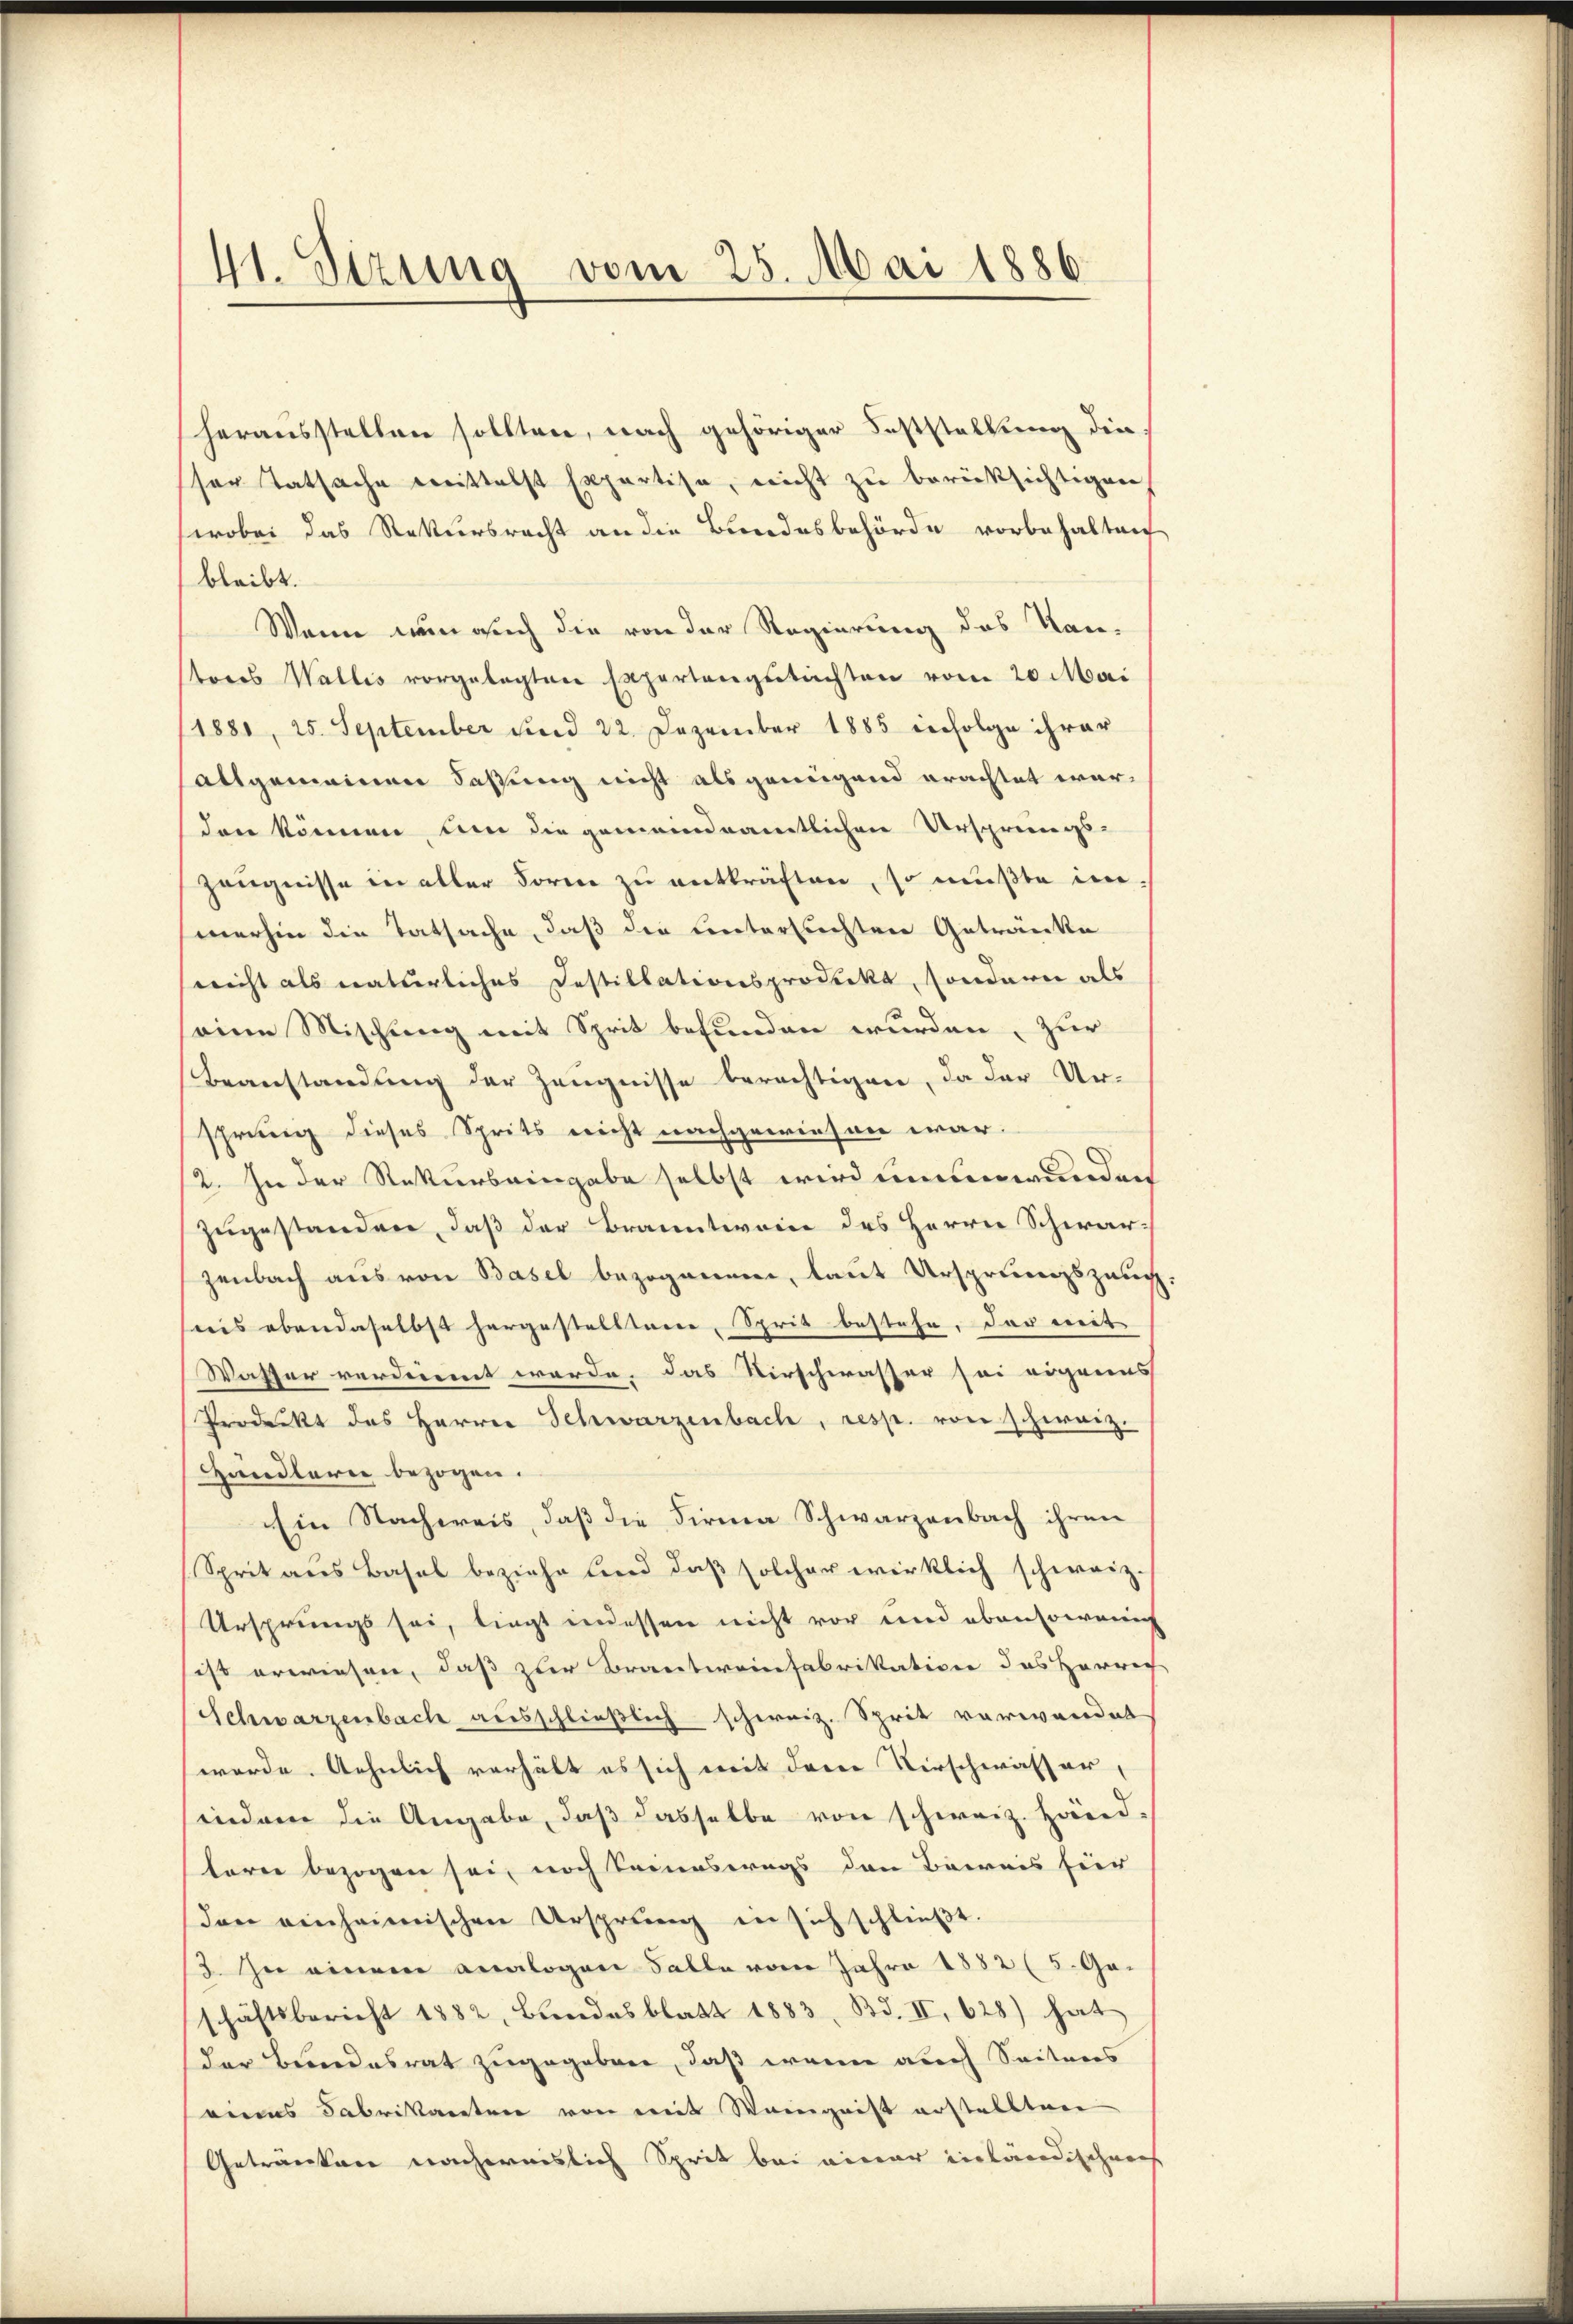
41. Seizung vom 25. Mai 1886

herausstellen sollten, nach gehöriger Feststellung dieser Tatsache mittelst Expertise, nicht zu berücksichtigen
wobei das Rekursrecht an die Bundesbehörde vorbehalten
bleibt.
Wenn nun auch die von der Regierung des Kan-
tores Wallis vorgelegten Expertengutachten vom 20. Mai
/1881, 25. September und 22. Dezember 1885 infolge ihrer
allgemeinen Faßung nicht als genügend erachtet werden können, um die gemeindeamtlichen Ursprings-
Zeugnisse in aller Forme zu entkräften, so mußte im
merhin die Tatsache, daß die Untersuchten Getränke
(nicht als natürliches Instillationsprodukt, sondern als
eine Mischung mit Sprit befunden wurden, zur
Beanstandung der Zeugnisse berechtigen, da der Urshrung dieses Sprits nicht nachgewiesen war.
12. In der Rekurseingabe selbst wird unumwunden
zugestanden, daß der Branntwein des Herrn Schwarzenbach aus von Basel bezogenen, laut Ursprungszeug,
sreis ebendaselbst hergestelltene, Sprit bestehe, der mit
Wasser verdienent werde, das Verschwasser sei eigenes
Prodeckt des Herrn Schwarzenbach, resp. von schweiz.
Händlern bezogen.
Ein Nachweis, daß die Firma Schwarzenbach ihren
Sprit aus Basel beziehe und daß solcher wirklich schweiz.
Ursprungs sei, liegt indessen nicht vor und ebensowenigs
ist erwiesen, daß zur Brautweinfabrikation des Herrech
Schwarzenbach ausschließlich schweiz. Sprit verwandet
werde. Aehnlich verhält es sich mit dem Verschwasser,
indem die Angabe, daß dasselbe von schweiz. Händterer bezogen sei, noch keineswegs den Beweis für
den einheimischen Ursprung in sich schließt:
3. In einem analogen Falle vom Jahre 1882 (5. Geschäftsbericht 1882, Bŭndesblatt 1883, Bd. II, 628) hat
der Bundesrat zugegeben, daß wenn auch Seitens
seines Fabrikaneten von mit Weingeist erstellten
Getränken nachweislich Sprit bei einer inländischen